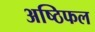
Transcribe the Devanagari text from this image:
अष्ठिफल